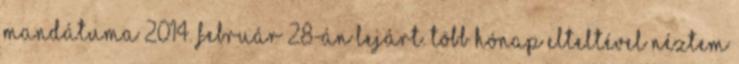
mandátuma 2014. február 28-án lejárt. Több hónap elteltével néztem